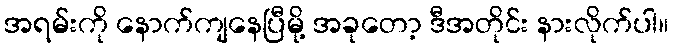
အရမ်းကို နောက်ကျနေပြီမို့ အခုတော့ ဒီအတိုင်း နားလိုက်ပါ။